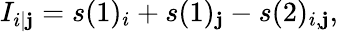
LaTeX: I_{i|\mathbf{j}}=s(1)_{i}+s(1)_{\mathbf{j}}-s(2)_{i,\mathbf{j}},